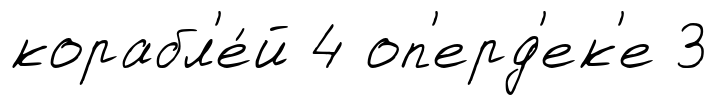
корабл'е́й 4 оп'ерд'ек'е 3